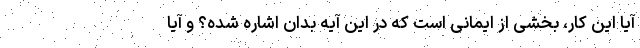
آیا این کار، بخشی از ایمانی است که در این آیه بدان اشاره شده؟ و آیا